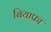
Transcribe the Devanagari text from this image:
बियाफ्रा